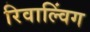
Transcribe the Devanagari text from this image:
रिवाल्विंग